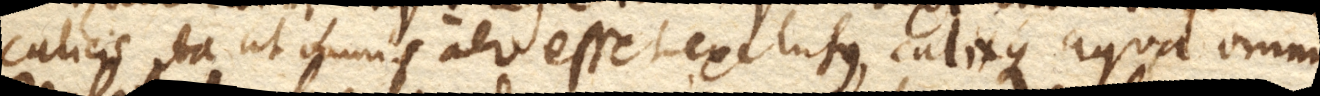
calicis ita ut omnis aer esset exclusus, calixque aqua omnino